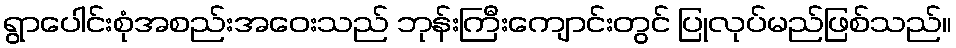
ရွာပေါင်းစုံအစည်းအဝေးသည် ဘုန်းကြီးကျောင်းတွင် ပြုလုပ်မည်ဖြစ်သည်။